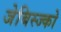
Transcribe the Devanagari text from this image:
जेबिस्ज्को